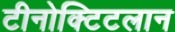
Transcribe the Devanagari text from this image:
टीनोक्टिटलान